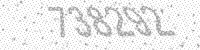
Solution: 738292